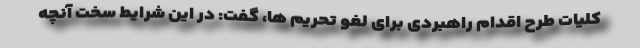
کلیات طرح اقدام راهبردی برای لغو تحریم ها، گفت: در این شرایط سخت آنچه